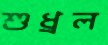
শুধ্‌রল